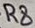
Text: R8